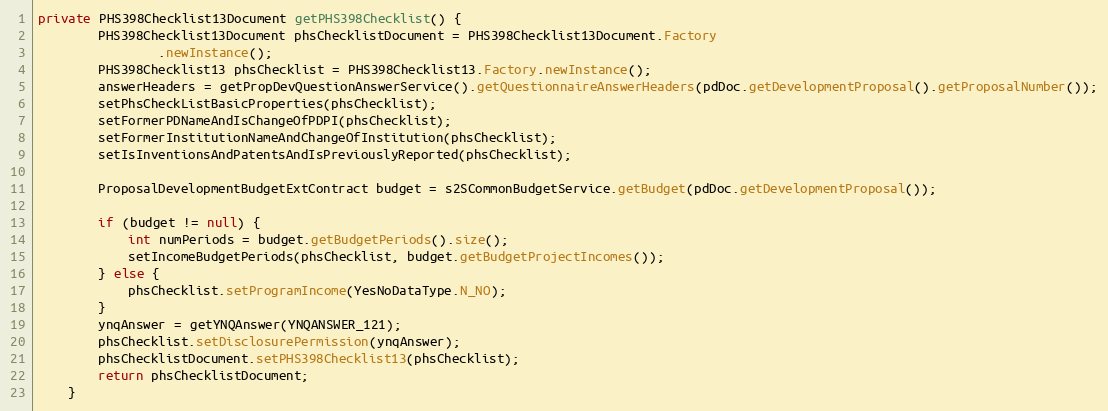
Language: Java
private PHS398Checklist13Document getPHS398Checklist() {
		PHS398Checklist13Document phsChecklistDocument = PHS398Checklist13Document.Factory
				.newInstance();
		PHS398Checklist13 phsChecklist = PHS398Checklist13.Factory.newInstance();
		answerHeaders = getPropDevQuestionAnswerService().getQuestionnaireAnswerHeaders(pdDoc.getDevelopmentProposal().getProposalNumber());
		setPhsCheckListBasicProperties(phsChecklist);
		setFormerPDNameAndIsChangeOfPDPI(phsChecklist);
		setFormerInstitutionNameAndChangeOfInstitution(phsChecklist);
		setIsInventionsAndPatentsAndIsPreviouslyReported(phsChecklist);

        ProposalDevelopmentBudgetExtContract budget = s2SCommonBudgetService.getBudget(pdDoc.getDevelopmentProposal());

		if (budget != null) {
			int numPeriods = budget.getBudgetPeriods().size();
			setIncomeBudgetPeriods(phsChecklist, budget.getBudgetProjectIncomes());
		} else {
			phsChecklist.setProgramIncome(YesNoDataType.N_NO);
		}
		ynqAnswer = getYNQAnswer(YNQANSWER_121);
		phsChecklist.setDisclosurePermission(ynqAnswer);
		phsChecklistDocument.setPHS398Checklist13(phsChecklist);
		return phsChecklistDocument;
	}